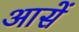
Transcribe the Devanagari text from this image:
आसें